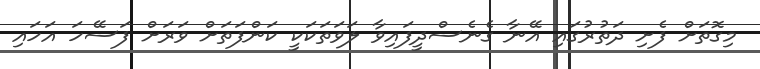
މިގޮތަށް ފެށި ދަތުރުގައި އޭނާ ގެނެސްދީފައިވާ ލަވަތަކަކީ ކަންފަތަށް ވަރަށް ފަސޭހަ އަހައި